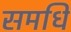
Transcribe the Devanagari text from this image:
समधि